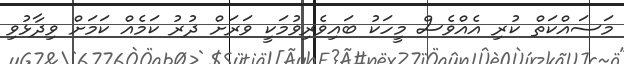
މަސައްކަތް ކުރި އެއްވެސް މީހަކު ބައިވެރިވުމަކީ ވަރަށް ދުރު ކަމެއް ކަމަށް ވިދާޅުވި